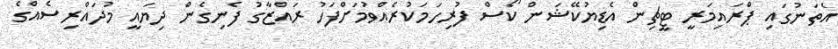
އެތަނުގައި ޕްރައިމަރީ ޓީޗިން އެޑިޔުކޭޝަން ކޯސް ފުރިހަމަކުރެއްވުމަށްފަހު ރައްޒާގު ފެނިގެން ދިޔައީ މުދައްރިސެެއްގެ